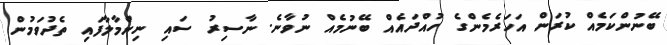
ބޭނުންކަމެއް ކުރަން އަހަރެމެންގެ ހުއްދައެއް ބޭނުމެއް ނުވާނެ. ނާސިރު ސައި ނިންމާލާފައި ތެދުވަމުން